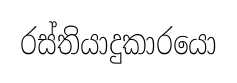
රස්තියාදුකාරයො